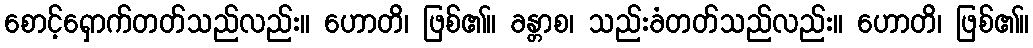
စောင့်ရှောက်တတ်သည်လည်း။ ဟောတိ၊ ဖြစ်၏။ ခန္တာစ၊ သည်းခံတတ်သည်လည်း။ ဟောတိ၊ ဖြစ်၏။